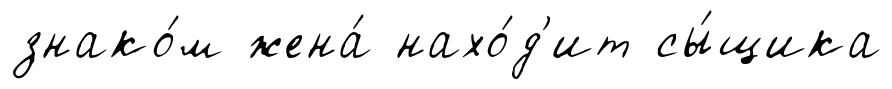
знако́м жена́ нахо́д'ит сы́щика